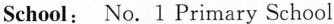
Hobby：read books